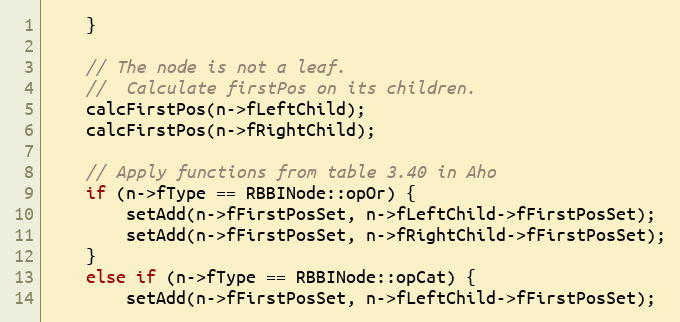
Language: C++
    }

    // The node is not a leaf.
    //  Calculate firstPos on its children.
    calcFirstPos(n->fLeftChild);
    calcFirstPos(n->fRightChild);

    // Apply functions from table 3.40 in Aho
    if (n->fType == RBBINode::opOr) {
        setAdd(n->fFirstPosSet, n->fLeftChild->fFirstPosSet);
        setAdd(n->fFirstPosSet, n->fRightChild->fFirstPosSet);
    }
    else if (n->fType == RBBINode::opCat) {
        setAdd(n->fFirstPosSet, n->fLeftChild->fFirstPosSet);